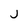
Character: j